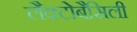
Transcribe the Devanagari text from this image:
लैक्टोबैसिली